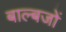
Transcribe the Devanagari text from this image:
बाल्बजों